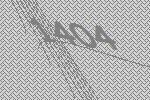
1404